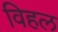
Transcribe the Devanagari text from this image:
विहल